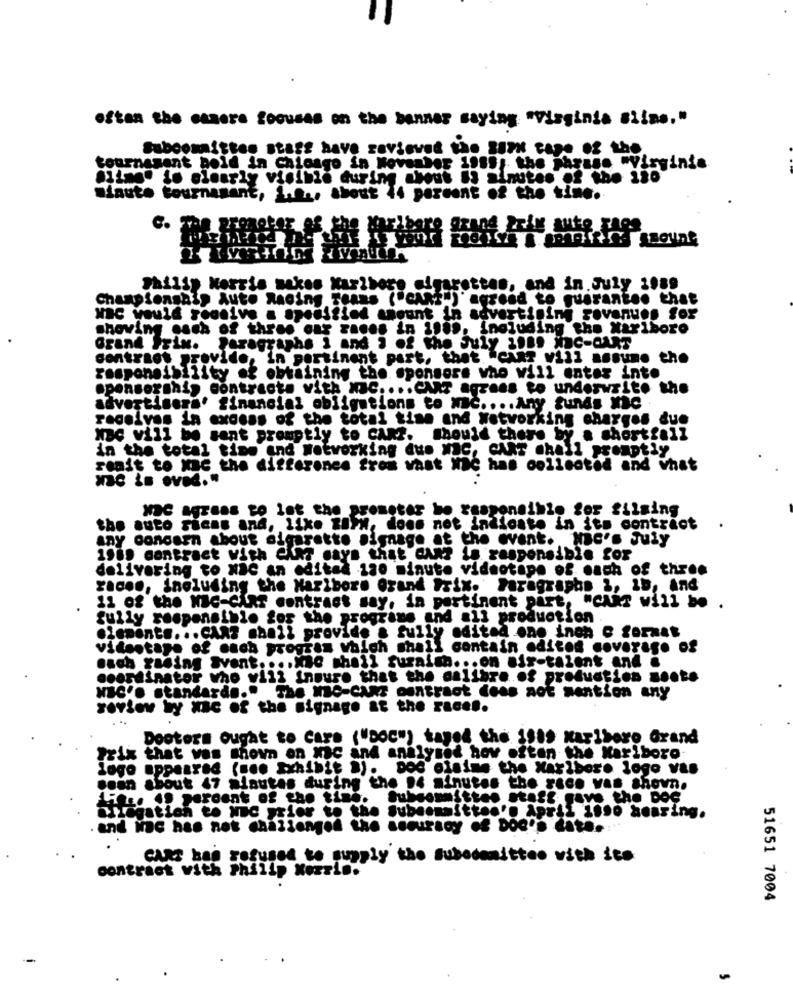
often the essere focuses on the banner saying "virginia Siino."
Subcommittee staff have reviewed the som cape of the
tournasant bold in Chicago in November 1989; the phrase "Virginie
ly visible during about Us minutes of the 380
minuto tournament, H , about 44 percent of the time.
Philip Morris makes Marlboro cigarettes, and in. July 1989
Championship Auto Racing Teams ("CARE")' agreed to guarantee that
Mac would soonive a apedified amount in advertising sovenues for
showing each of three car rages in 1989, including the Marlboro
Grand Prix. Paragraphs 1 and 1 of the July inns Nac-CART
contract provide, in pertinent part, that. "can? vill assume the
responsibility of obtaining the sponsors who will enter into
sponsorship contracts vith Mac .... CART agrees to underwrite the
advertisers' financial obligations to Mac .... Any funds Mc
receives in excess of the total time and Networking charges due
Noc vill be sent promptly to CAkr. should there by a shortfall
in the total time and Networking due Mac, CART chell promptly
renit to Mac the difference from vast Wc has collected and what
MDC agress to let the prometer be responsible for filming
the auto ricas and, like to>w, does not indicate in its contract
any concern about cigarette signage at the event. He's July
1989 contract with exnf says that can? is responsible for
delivering to Nac an edited 1ao minuto videotape of each of three
race ., ineluding the Maribore Grand Prix. Paragraphs 3, ID, And
11 of the Me-CART contract say, in pertinent part, "cukr will be .
fully responsible for the programs and all production
.iements ... CAR? shall provide a fully edited one inch C format
videotape of each program which shall contain edited coverage of
each rading Svent .... Não shail furnish ... on air-talent and .
coordinator who will insure that the calibre.of production soote
NBC's standards." The Me-cans contract dess not mention any
review by Xac of the signage at the races.
. ..
Doctors ought to Care ("Doc") taped the 1sts Karibero Grand
Prix that vos shown on Mac and analysed how often the Kariboro-
logo appeared (men Exhibit a). DOC claims the Maribor. logo Val
Bean about 47 minutes during the pe minutes the rece vas shown.
in. 49 percent of the time. Subcommittee stoff gave the DOC
Wilegation to Nc prior to the Subcommittee'n April isso bearing.
. and inc has not challenged the seduragy of Doc's date ...
CANT bag refused to supply the Subedamitteo with its
contraet vith philip Kerrin.
51651 7004